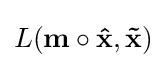
L(\mathbf {m} \circ \mathbf {\hat {x}} ,\mathbf {\tilde {x}} )